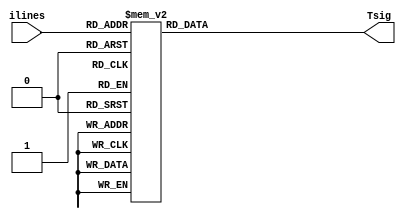
`timescale 1ns / 1ps
//////////////////////////////////////////////////////////////////////////////////
// Company: 
// 
// Design Name: 
// Module Name:    opcode 
// Project Name: 
// Target Devices: 
// Tool versions: 
// Description: 
//
// Dependencies: 
//
// Revision: 
// Revision 0.01 - File Created
// Additional Comments: 
//
//////////////////////////////////////////////////////////////////////////////////
module opcode(
		input [2:0] ilines,
		output [7:0] Tsig
    );
	 
	 reg [7:0] r_reg;
	 
	 always@*
		case(ilines)
			3'h0 : r_reg <= 8'h1;
			3'h1 : r_reg <= 8'h2;
			3'h2 : r_reg <= 8'h4;
			3'h3 : r_reg <= 8'h8;
			3'h4 : r_reg <= 8'h10;
			3'h5 : r_reg <= 8'h20;
			3'h6 : r_reg <= 8'h40;
			3'h7 : r_reg <= 8'h80;
		endcase
		
	assign Tsig = r_reg;

endmodule